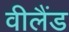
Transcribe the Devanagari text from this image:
वीलैंड